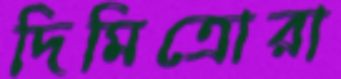
দিমিত্রোরা